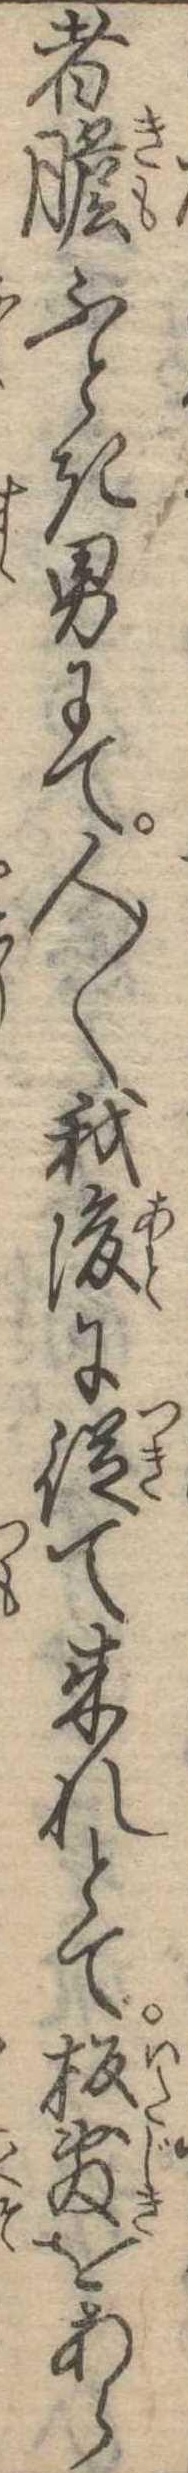
者胆ふとき男にて人〱我後に従て来れとて板敷をあら